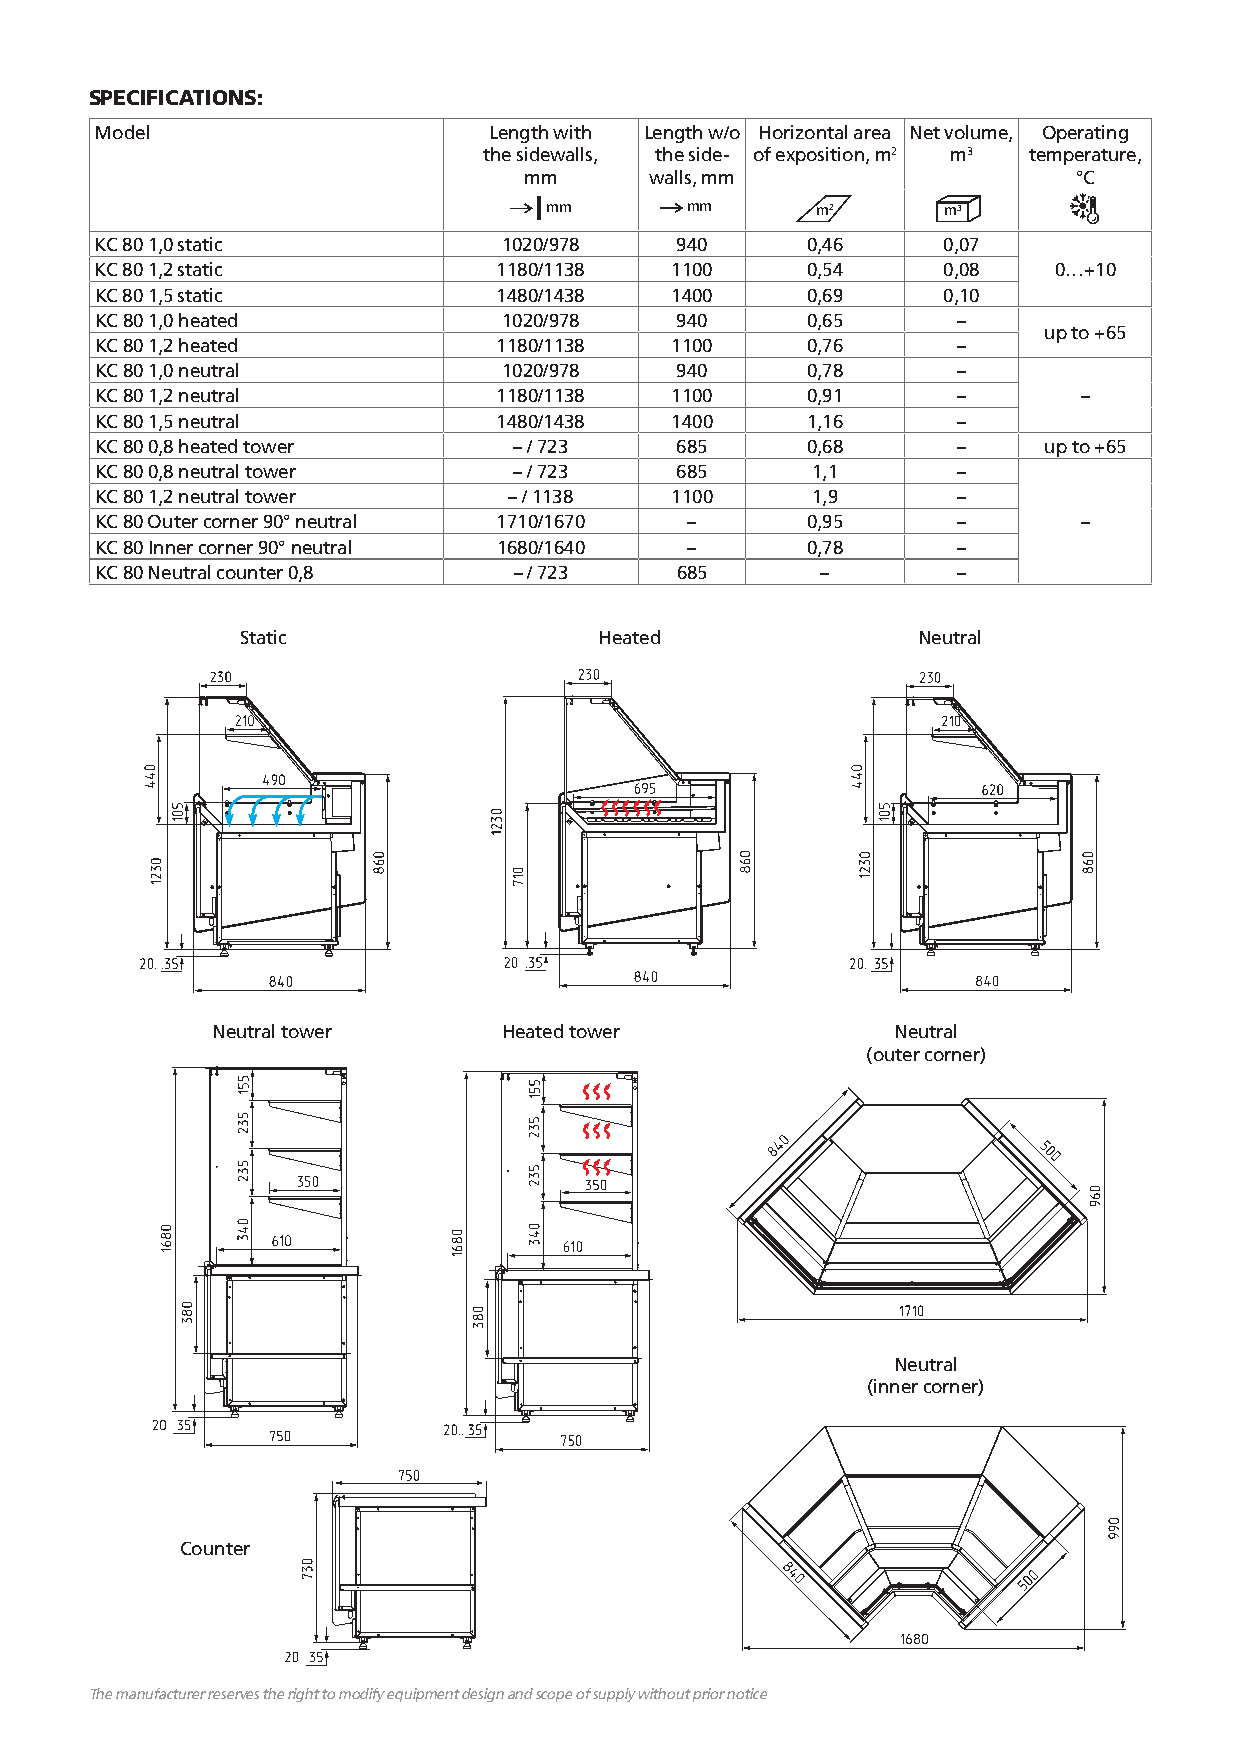
SPECIFICATIONS:
 Model                     Length with Length w/o Horizontal area Net volume, Operating
 the sidewalls, the side- of exposition, m2 m3 temperature,
 mm      walls, mm                   °С
 mm       mm       m2      m3
 KC 80 1,0 static           1020/978    940     0,46     0,07
 KC 80 1,2 static           1180/1138  1100     0,54     0,08    0…+10
 KC 80 1,5 static           1480/1438  1400     0,69     0,10
 KC 80 1,0 heated           1020/978    940     0,65      –
 up to +65
 KC 80 1,2 heated           1180/1138  1100     0,76      –
 KC 80 1,0 neutral          1020/978    940     0,78      –
 KC 80 1,2 neutral          1180/1138  1100     0,91      –        –
 KC 80 1,5 neutral          1480/1438  1400     1,16      –
 KC 80 0,8 heated tower      – / 723    685     0,68      –     up to +65
 KC 80 0,8 neutral tower     – / 723    685      1,1      –
 KC 80 1,2 neutral tower     – / 1138  1100      1,9      –
 KC 80 Outer corner 90° neutral 1710/1670 –     0,95      –        –
 KC 80 Inner corner 90° neutral 1680/1640 –     0,78      –
 KC 80 Neutral counter 0,8   – / 723    685      –        –
 Static                  Heated               Neutral
 Neutral tower      Heated tower              Neutral
 (outer corner)
 Neutral
 (inner corner)
 Counter
 The manufacturer reserves the right to modify equipment design and scope of supply without prior notice